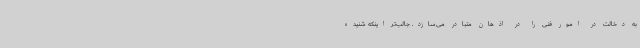
به دخالت در امور فنی را در اذهان متبادر می‌سازد. جالب‌تر اینکه شنیده